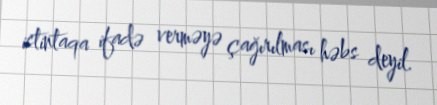
istintaqa ifadə verməyə çağırılması həbs deyil.